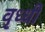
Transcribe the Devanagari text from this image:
वृध्धी